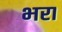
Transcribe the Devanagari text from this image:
भ्‍ारा